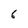
Character: 6